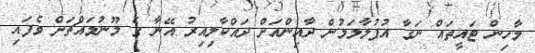
މާހިން ޓައީތައް ނަގާ އުފުލާލަމުން ދާއިންއަށް ދައްކާލިއިރު އޭނާ ގެ މޫނުމައްޗަށް ވެފައި